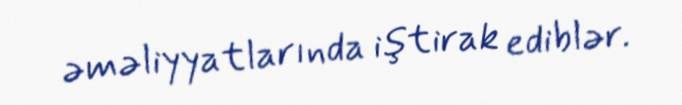
əməliyyatlarında iştirak ediblər.